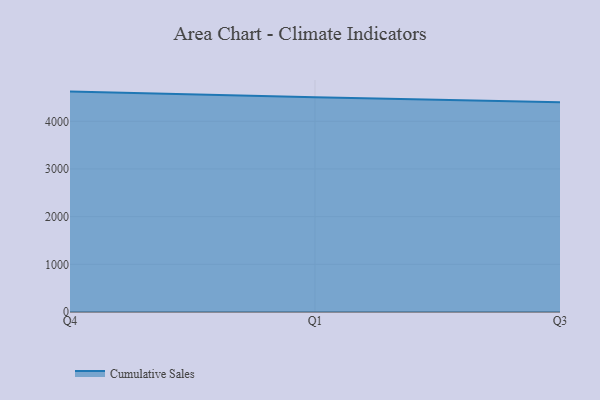
{"axis": {"x": "Quarter", "y": "Population (Million)"}, "legend": ["Cumulative Sales"], "data": [{"x": "Q4", "y": 4623.5, "type": "Cumulative Sales"}, {"x": "Q1", "y": 4502.4, "type": "Cumulative Sales"}, {"x": "Q3", "y": 4401.6, "type": "Cumulative Sales"}]}